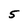
Character: 5